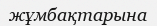
жұмбақтарына